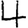
Digit: 4